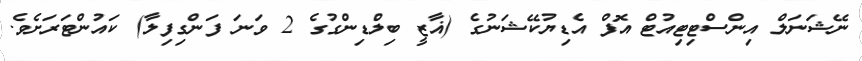
ނޭޝަނަލް އިންސްޓިޓިއުޓް އޮފް އެޑިޔުކޭޝަނުގެ (ޣާޒީ ބިލްޑިންގުގެ 2 ވަނަ ފަންގިފިލާ) ކައުންޓަރަށެވެ.